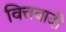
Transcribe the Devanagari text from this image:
वित्तवादी